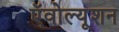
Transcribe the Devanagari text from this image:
ऍवोल्यूशन